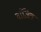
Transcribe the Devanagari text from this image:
वांजित्र